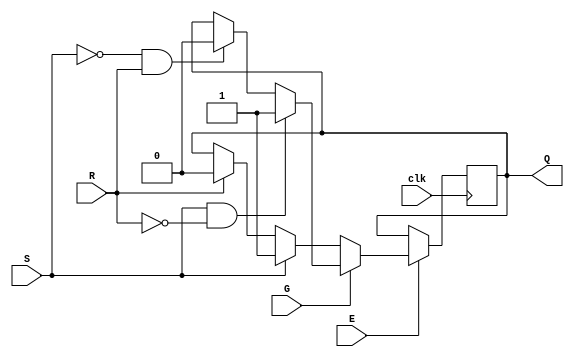
module Gated_SR_FF (
    input S, // Set input
    input R, // Reset input
    input G, // Gated input
    input E, // Enable input
    input clk, // Clock input
    output reg Q // Output Q
);

always @(posedge clk) begin
    if (E) begin
        if (G) begin
            if (S & ~R) begin
                Q <= 1;
            end else if (~S & R) begin
                Q <= 0;
            end
        end else begin
            if (S) begin
                Q <= 1;
            end else if (R) begin
                Q <= 0;
            end
        end
    end
end

endmodule